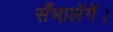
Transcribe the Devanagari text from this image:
सँभालेंगें।